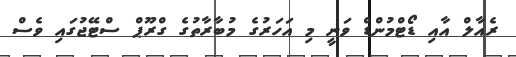
ރެއާލް އާއި ޑޯޓްމުންޑް ވަނީ މި އަހަރުގެ މުބާރާތުގެ ގްރޫޕް ސްޓޭޖުގައި ވެސް